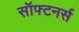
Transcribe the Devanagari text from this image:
सॉफ्टनर्स